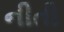
નીતી